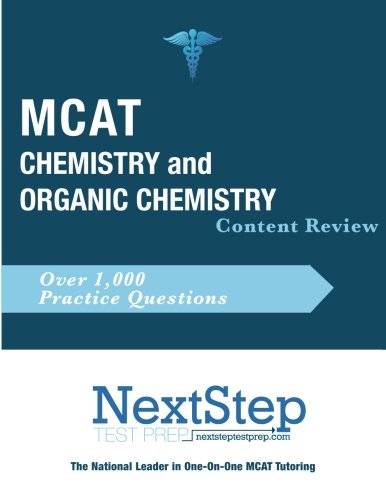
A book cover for MCAT Chemistry and Organic Chemistry: Content Review for the Revised MCAT; Bryan Schnedeker; Test Preparation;